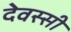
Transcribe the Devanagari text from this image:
देवस्सी